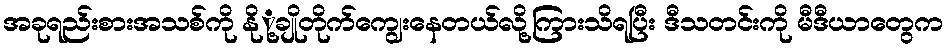
အခုရည်းစားအသစ်ကို နိုု့ချိုတိုက်ကျွေးနေတယ်လို့ကြားသိရပြီး ဒီသတင်းကို မီဒီယာတွေက